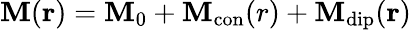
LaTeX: \mathbf{M}(\mathbf{r})=\mathbf{M}_{0}+\mathbf{M}_{\mathrm{con}}(r)+\mathbf{M}_{\mathrm{dip}}(\mathbf{r})